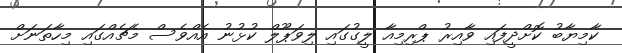
ކާމިޔާބު ކޮށްދީފައި ވާއިރު ޕްރިމިއާ ލީގުގައި ލިވަޕޫލް ކުޅުނު އެއްވެސް މެޗެއްގައި މިހާތަނަށް